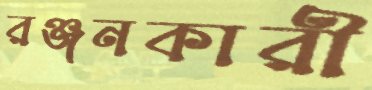
রঞ্জনকারী